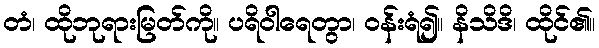
တံ၊ ထိုဘုရားမြတ်ကို။ ပရိဝါရေတွာ၊ ဝန်းရံ၍။ နိသိဒိ၊ ထိုင်၏။